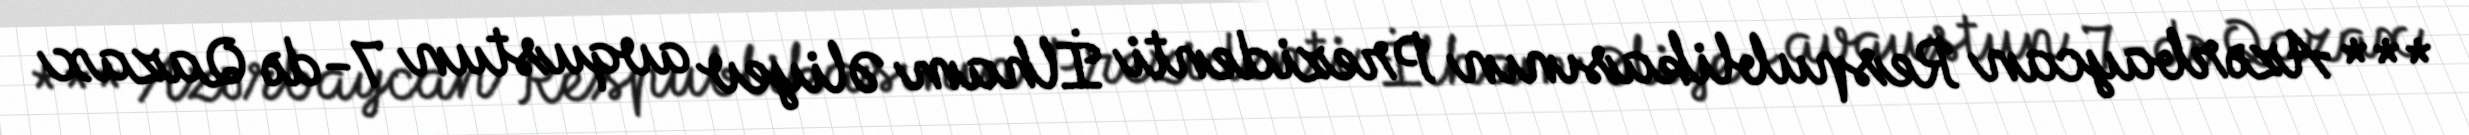
*** Azərbaycan Respublikasının Prezidenti İlham Əliyev avqustun 7-də Qazax